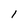
Character: 1